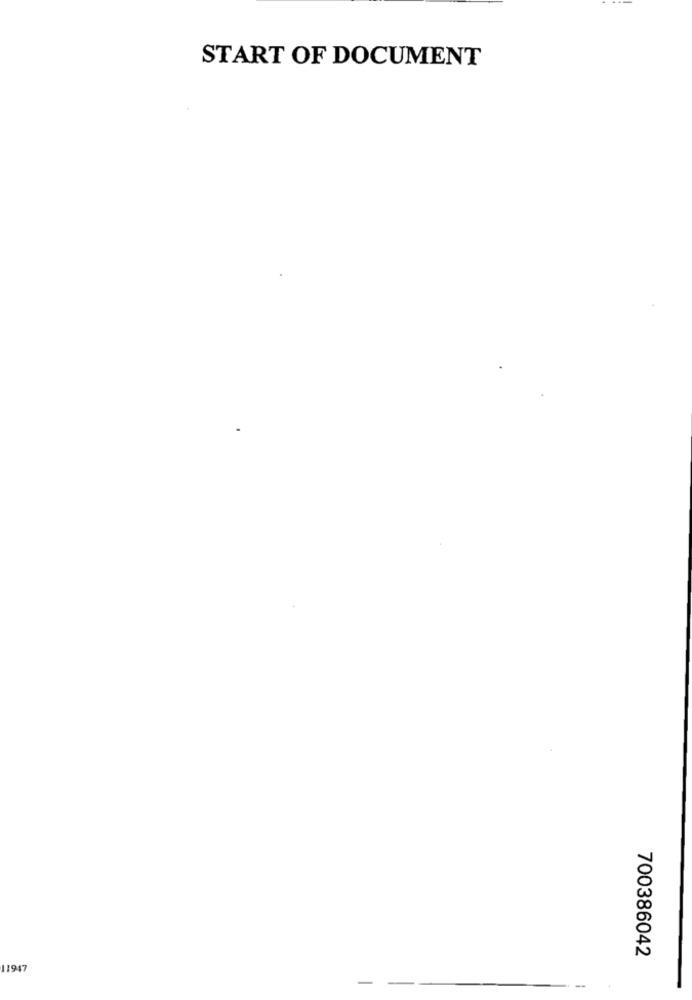
START OF DOCUMENT
700386042
11947